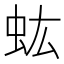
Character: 𧈽